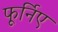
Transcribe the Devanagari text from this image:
फूर्निए